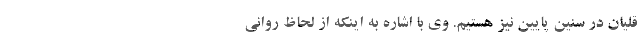
قلیان در سنین پایین نیز هستیم. وی با اشاره به اینکه از لحاظ روانی